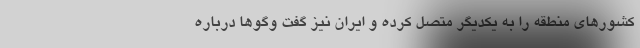
کشورهای منطقه را به یکدیگر متصل کرده و ایران نیز گفت وگوها درباره